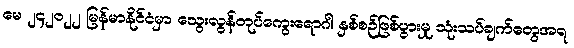
မေ ၂၄၂၀၂၂ မြန်မာနိုင်ငံမှာ သွေးလွန်တုပ်ကွေးရောဂါ နှစ်စဉ်ဖြစ်ပွားမှု သုံးသပ်ချက်တွေအရ